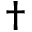
\dagger